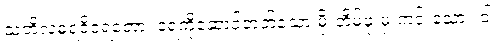
သတိလဓရဝိဝရတော၊ ရေကိုဆောင်တတ်သော မိုးတိမ်ဖုံးမှ ကင်းသော။ ဝါ၊